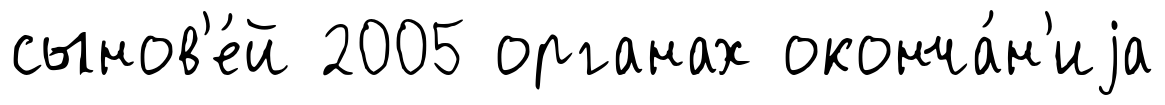
сынов'е́й 2005 органах оконча́н'иjа